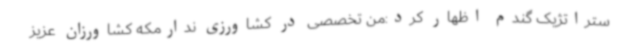
ستراتژیک گندم اظهار کرد:من تخصصی در کشاورزی ندارمکه کشاورزان عزیز